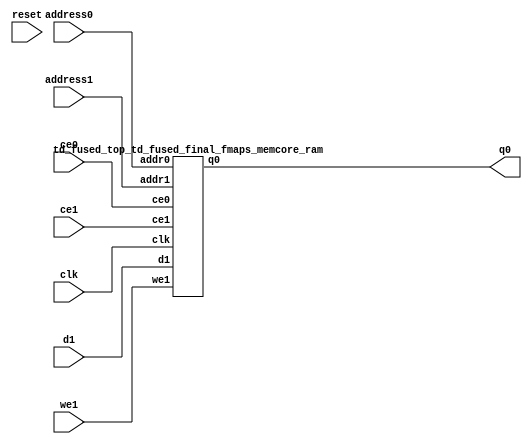
`define EXPONENT 5
`define MANTISSA 10
`define ACTUAL_MANTISSA 11
`define EXPONENT_LSB 10
`define EXPONENT_MSB 14
`define MANTISSA_LSB 0
`define MANTISSA_MSB 9
`define MANTISSA_MUL_SPLIT_LSB 3
`define MANTISSA_MUL_SPLIT_MSB 9
`define SIGN 1
`define SIGN_LOC 15
`define DWIDTH (`SIGN+`EXPONENT+`MANTISSA)
`define IEEE_COMPLIANCE 1

module td_fused_top_td_fused_final_fmaps_memcore(
    reset,
    clk,
    address0,
    ce0,
    q0,
    address1,
    ce1,
    we1,
    d1);

parameter DataWidth = 32'd64;
parameter AddressRange = 32'd49000;
parameter AddressWidth = 32'd16;
input reset;
input clk;
input[AddressWidth - 1:0] address0;
input ce0;
output[DataWidth - 1:0] q0;
input[AddressWidth - 1:0] address1;
input ce1;
input we1;
input[DataWidth - 1:0] d1;



td_fused_top_td_fused_final_fmaps_memcore_ram td_fused_top_td_fused_final_fmaps_memcore_ram_U(
    .clk( clk ),
    .addr0( address0 ),
    .ce0( ce0 ),
    .q0( q0 ),
    .addr1( address1 ),
    .ce1( ce1 ),
    .we1( we1 ),
    .d1( d1 )
);

endmodule
module td_fused_top_td_fused_final_fmaps_memcore_ram (addr0, ce0, q0, addr1, ce1, d1, we1,  clk);

parameter DWIDTH = 64;
parameter AWIDTH = 16;
parameter MEM_SIZE = 49000;

input[AWIDTH-1:0] addr0;
input ce0;
output reg[DWIDTH-1:0] q0;
input[AWIDTH-1:0] addr1;
input ce1;
input[DWIDTH-1:0] d1;
input we1;
input clk;

 reg [DWIDTH-1:0] ram[MEM_SIZE-1:0];




always @(posedge clk)  
begin 
    if (ce0) begin
        q0 <= ram[addr0];
    end
end


always @(posedge clk)  
begin 
    if (ce1) begin
        if (we1) 
            ram[addr1] <= d1; 
    end
end


endmodule